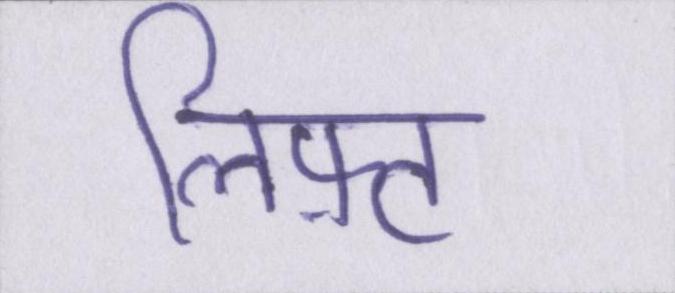
लिफ़्ट